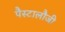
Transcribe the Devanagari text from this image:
पैस्टालौजी